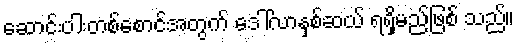
ဆောင်းပါးတစ်စောင်အတွက် ဒေါ်လာနှစ်ဆယ် ရရှိမည်ဖြစ် သည်။